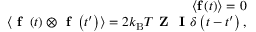
\begin{array} { r } { \langle \mathbf { f } \left( t \right) \rangle = 0 } \\ { \langle \textbf { f } \left( t \right) \otimes \textbf { f } \left( t ^ { \prime } \right) \rangle = 2 k _ { \mathrm { B } } T \textbf { Z } \textbf { I } \delta \left( t - t ^ { \prime } \right) , } \end{array}